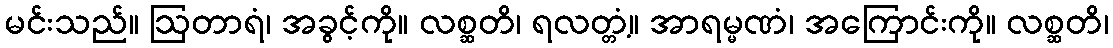
မင်းသည်။ ဩတာရံ၊ အခွင့်ကို။ လစ္ဆတိ၊ ရလတ္တံ့။ အာရမ္မဏံ၊ အကြောင်းကို။ လစ္ဆတိ၊